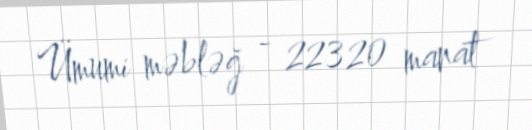
Ümumi məbləğ - 22320 manat